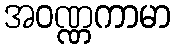
အဝဏ္ဏကာမာ